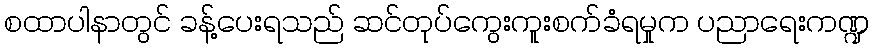
စထာပါနာတွင် ခန့်ပေးရသည် ဆင်တုပ်ကွေးကူးစက်ခံရမှုက ပညာရေးကဏ္ဍ